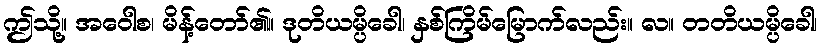
ဤသို့။ အဝေါစ၊ မိန့်တော်၏။ ဒုတိယမ္ပိခေါ၊ နှစ်ကြိမ်မြောက်လည်း။ လ။ တတိယမ္ပိခေါ၊